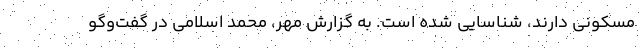
مسکونی دارند، شناسایی شده است. به گزارش مهر، محمد اسلامی در گفت‌وگو